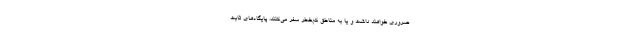
ضروری خواهند داشت و یا به مناطق کم‌خطر سفر می‌کنند، پایگاه‌های ثابت